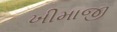
ખીમાજી